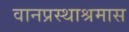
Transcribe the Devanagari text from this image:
वानप्रस्थाश्रमास